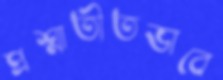
প্রশ্নাতীতভাবে